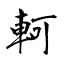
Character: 軻